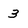
Character: 3